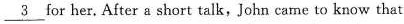
\underline{3} for her. After a short talk, John came to know that